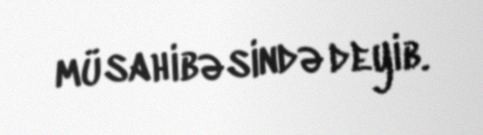
müsahibəsində deyib.